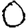
Digit: 0